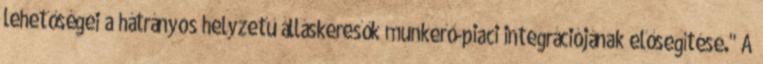
lehetőségei a hátrányos helyzetű álláskeresők munkerő-piaci integrációjának elősegítése." A